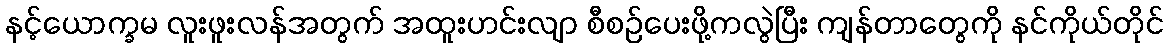
နင့်ယောက္ခမ လူးဖူးလန်အတွက် အထူးဟင်းလျာ စီစဉ်ပေးဖို့ကလွဲပြီး ကျန်တာတွေကို နင်ကိုယ်တိုင်